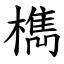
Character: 檇